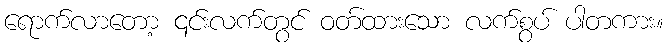
ရောက်လာတော့ ၎င်းလက်တွင် ဝတ်ထားသော လက်စွပ် ပါတကား။